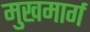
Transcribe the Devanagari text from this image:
मुखमार्ग